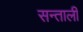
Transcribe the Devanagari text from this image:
सन्ताली